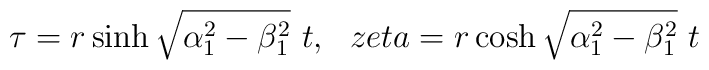
\tau=r\sinh\sqrt{\alpha_1^2-\beta_1^2}~t,\ \ \ \\zeta=r\cosh\sqrt{\alpha_1^2-\beta_1^2}~t